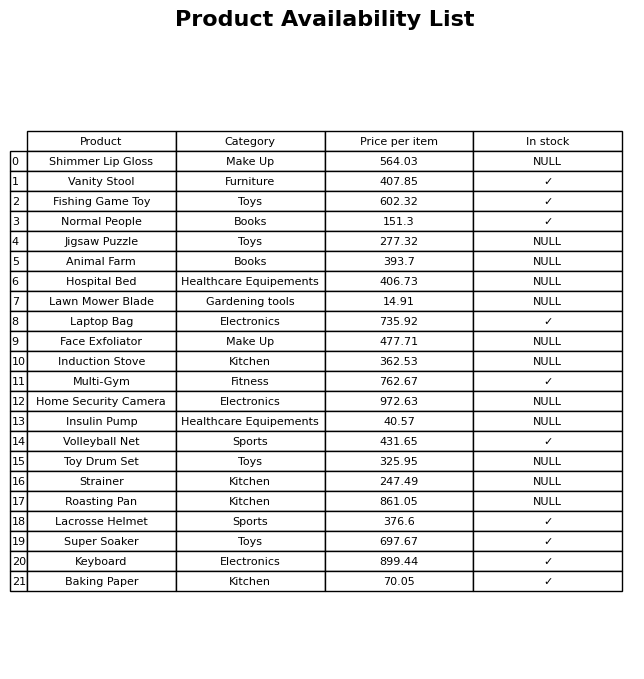
question: What is the price for Fishing Game Toy?
answer: The price of Fishing Game Toy is 602.32.